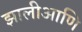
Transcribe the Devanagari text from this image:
झालीआणि